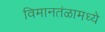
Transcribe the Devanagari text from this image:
विमानतंळामध्ये